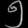
Digit: ၅